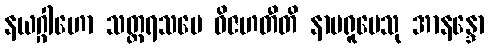
နယဂ္ဂါဟော သတ္တရသမေ ဝိဇဟတီတိ နာမရူပေသု အာနန္ဒော